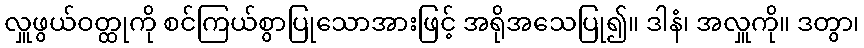
လှူဖွယ်ဝတ္ထုကို စင်ကြယ်စွာပြုသောအားဖြင့် အရိုအသေပြု၍။ ဒါနံ၊ အလှူကို။ ဒတွာ၊